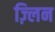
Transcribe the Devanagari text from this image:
ज़्लिन